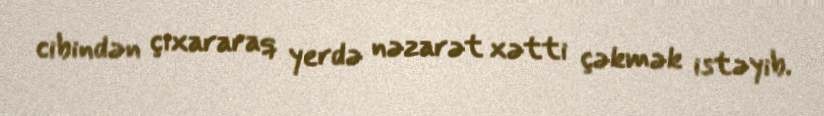
cibindən çıxararaq yerdə nəzarət xətti çəkmək istəyib.